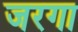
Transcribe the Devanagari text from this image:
जरगा